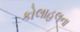
કોલાહલના